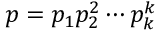
p = p _ { 1 } p _ { 2 } ^ { 2 } \cdots p _ { k } ^ { k }